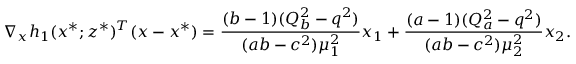
\nabla _ { \boldsymbol { x } } h _ { 1 } ( \boldsymbol { x } ^ { * } ; \boldsymbol { z } ^ { * } ) ^ { T } ( \boldsymbol { x } - \boldsymbol { x } ^ { * } ) = \frac { ( b - 1 ) ( Q _ { b } ^ { 2 } - q ^ { 2 } ) } { ( a b - c ^ { 2 } ) \mu _ { 1 } ^ { 2 } } x _ { 1 } + \frac { ( a - 1 ) ( Q _ { a } ^ { 2 } - q ^ { 2 } ) } { ( a b - c ^ { 2 } ) \mu _ { 2 } ^ { 2 } } x _ { 2 } .